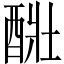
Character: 𨡈